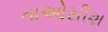
તાઓસીશ